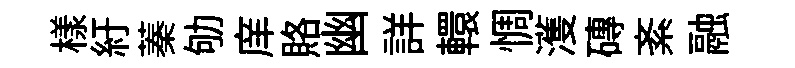
樣紆蓁劬庠賂幽詳轘惆濩磚紊融